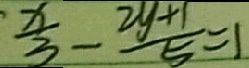
\frac { x } { 3 } - \frac { 2 y + 1 } { 5 } = 1